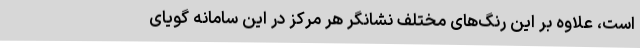
است، علاوه بر این رنگ‌های مختلف نشانگر هر مرکز در این سامانه گویای